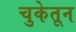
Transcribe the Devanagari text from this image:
चुकेतून